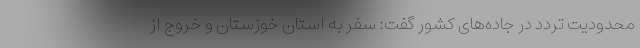
محدودیت تردد در جاده‌های کشور گفت: سفر به استان خوزستان و خروج از